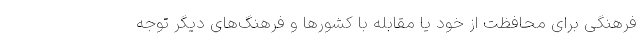
فرهنگی برای محافظت از خود یا مقابله با کشورها و فرهنگ‌های دیگر توجه